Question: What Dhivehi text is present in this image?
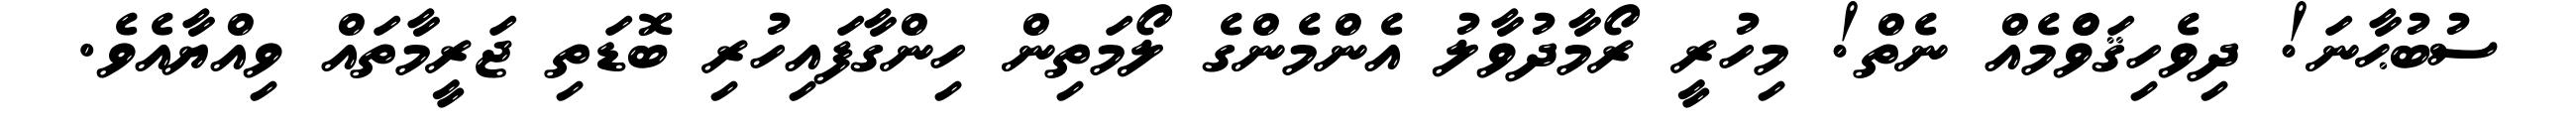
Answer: ސުބުޙާނަ! ދިވެހިޤަވްެމެއް ނެތް! މިހުރީ ރޯމާދުވާލު އެންމެންގެ ލޯމަތިން ހިންގާފައިހުރި ބޮޑަތި ޖަރީމާތައް ވިއްޔާއެވެ.